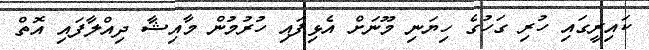
ކައިރީގައި ހުރި ގަހުގެ ހިޔަނި މޫނަށް އެޅިފައި ހުރުމުން މާއިޝާ ދިއްލާފައި އޮތް